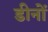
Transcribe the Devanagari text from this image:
डीनों